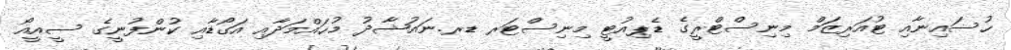
ހުސައިނާއި ޓުއަރިޒަމް މިނިސްޓްރީގެ ޑެޕިއުޓީ މިނިސްޓަރ ޑރ.ނައުޝާދު މުޙައްމަދާއި އަގޯޑާއި ކުންފުނީގެ ސީއީއޯ